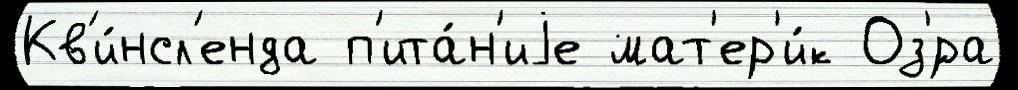
Кв'и́нсл'енда п'ита́н'иjе мат'ер'и́к Оз'́ра